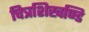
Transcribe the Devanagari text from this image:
चित्रशिखण्डि